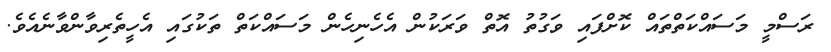
ރަސްމީ މަސައްކަތްތައް ކޮށްފައި ވަގުތު އޮތް ވަރަކުން އެހެނިހެން މަސައްކަތް ތަކުގައި އެހީތެރިވާންވާނެއެވެ.